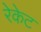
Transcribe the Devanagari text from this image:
रेकेट